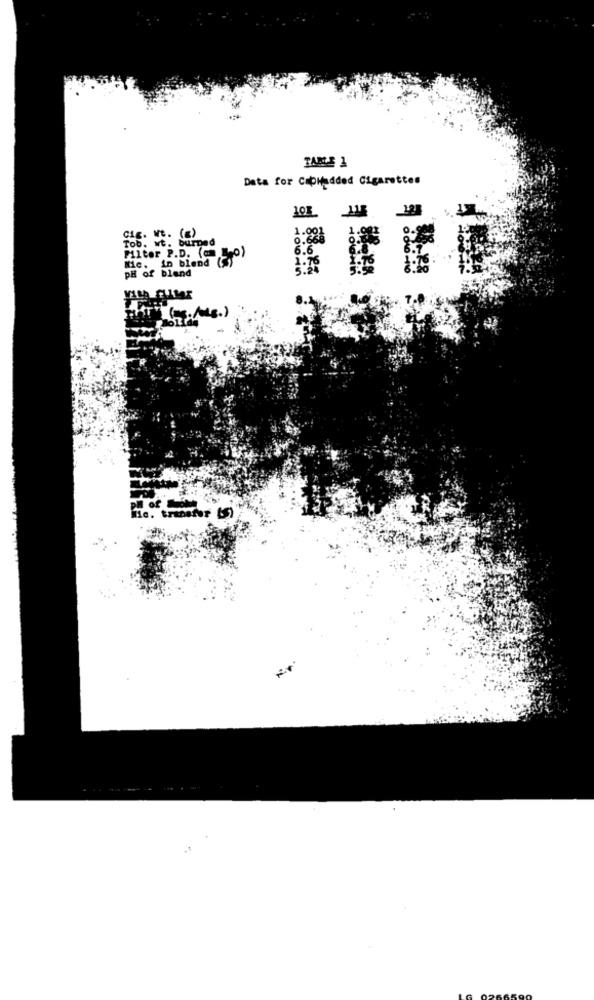
TABLE 1
Data for Copiadded Cigarettes
1.0
Cig. Nt. (2)
Tob. wt. burned
1.091
6.6
6.1
Filter P.D. ( Lo)
Nic. in blend (S)
1.76
1.76
4.76:
PH of blend
6.20
THEY (S. Als.)
Mic. transfer (S)